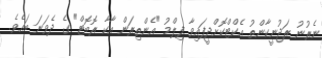
ނެރުނު ރަޖުނީކާންތު އެކްޓްކޮށްދީފައިވާ ފިލްމު "އެންތިރަން އާކާ ރޮބޮޓް" ގެ ދެވަނަ ބައެވެ.